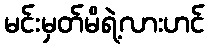
မင်းမှတ်မိရဲ့လားဟင်